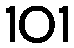
101